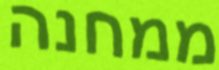
ממחנה